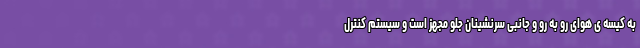
به کیسه ی هوای رو به رو و جانبی سرنشینان جلو مجهز است و سیستم کنترل